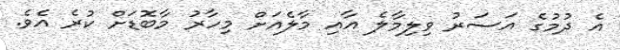
އެ ދުމުގެ އަސަރު ވިލިމާލެ އާއި މާލެއަށް މިހާރު މާބޮޑަށް ކުރެ އެވެ.